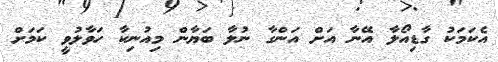
އެކަމަކު ގާޑިއޯލާ އޭނާ އަށް އަންގާ ނުލާ ބަޔާން މިއުނިކާ ހަވާލުވީ ކަމަށް